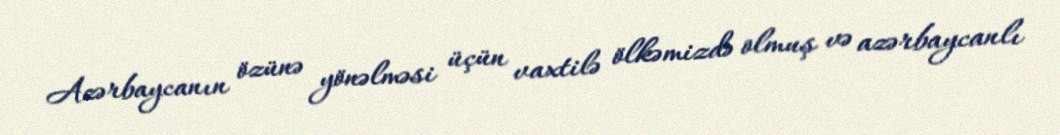
Azərbaycanın özünə yönəlməsi üçün vaxtilə ölkəmizdə olmuş və azərbaycanlı